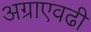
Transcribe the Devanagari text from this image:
अग्राएवढी